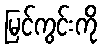
မြင်ကွင်းကို